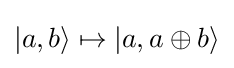
|a,b\rangle \mapsto |a,a\oplus b\rangle